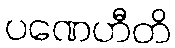
ပဏေဟီတိ